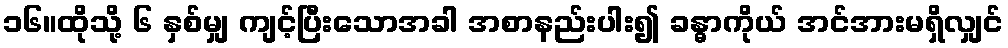
၁၆။ထိုသို့ ၆ နှစ်မျှ ကျင့်ပြီးသောအခါ အစာနည်းပါး၍ ခန္ဓာကိုယ် အင်အားမရှိလျှင်